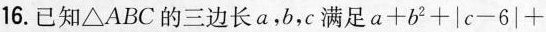
16.已知 \Delta ABC的三边长a，b，c满足$$a + b ^ { 2 } + \left | c - 6 \right |